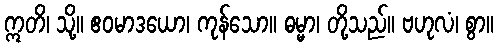
ဣတိ၊ သို့။ ဧဝမာဒယော၊ ကုန်သော။ ဓမ္မာ၊ တို့သည်။ ဗဟုလံ၊ စွာ။